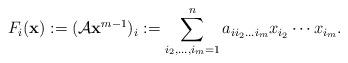
LaTeX: \begin{align*}F_i({\bf x}):=(\mathcal{A}{\bf x}^{m-1})_i:=\sum_{i_2,\ldots,i_m=1}^na_{ii_2\ldots i_m}x_{i_2}\cdots x_{i_m}.\end{align*}